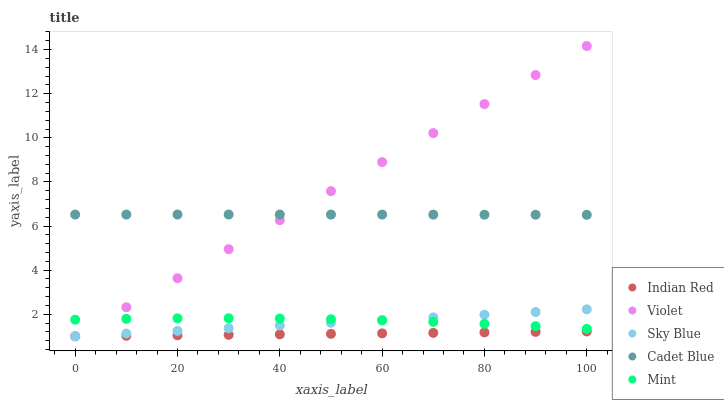
| xaxis_label | Indian Red | Violet | Sky Blue | Cadet Blue | Mint |
 | --- | --- | --- | --- | --- | --- |
 | 0 | 1 | 1 | 1 | 6.52 | 1.75 |
 | 10 | 1.02 | 2.32 | 1.12 | 6.52 | 1.79 |
 | 20 | 1.04 | 3.63 | 1.24 | 6.52 | 1.81 |
 | 30 | 1.07 | 4.95 | 1.37 | 6.52 | 1.82 |
 | 40 | 1.09 | 6.27 | 1.49 | 6.52 | 1.8 |
 | 50 | 1.11 | 7.58 | 1.61 | 6.52 | 1.77 |
 | 60 | 1.13 | 8.9 | 1.73 | 6.52 | 1.72 |
 | 70 | 1.15 | 10.2 | 1.86 | 6.52 | 1.65 |
 | 80 | 1.17 | 11.5 | 1.98 | 6.51 | 1.56 |
 | 90 | 1.2 | 12.8 | 2.1 | 6.51 | 1.46 |
 | 100 | 1.22 | 14.2 | 2.22 | 6.51 | 1.33 |